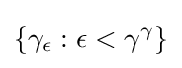
\{\gamma _{\epsilon }:\epsilon <\gamma ^{\gamma }\}